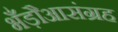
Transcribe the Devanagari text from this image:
भँड़ौआसंग्रह